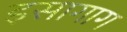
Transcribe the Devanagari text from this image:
इसागाग